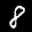
Label: 8